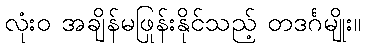
လုံးဝ အချိန်မဖြုန်းနိုင်သည့် တဒင်္ဂမျိုး။